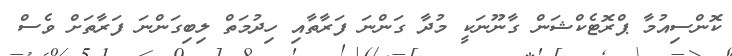
ކޮންސިއުމާ ޕްރޮޓެކްޝަން ގާނޫނަކީ މުދާ ގަންނަ ފަރާތާއި ހިދުމަތް ލިބިގަންނަ ފަރާތަށް ވެސް